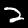
Label: 2